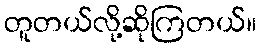
တူတယ်လို့ဆိုကြတယ်။